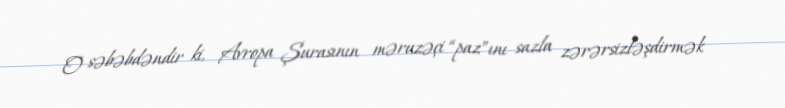
O səbəbdəndir ki, Avropa Şurasının məruzəçi “paz”ını sazla zərərsizləşdirmək